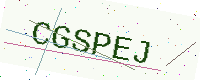
Text: CGSPEJ